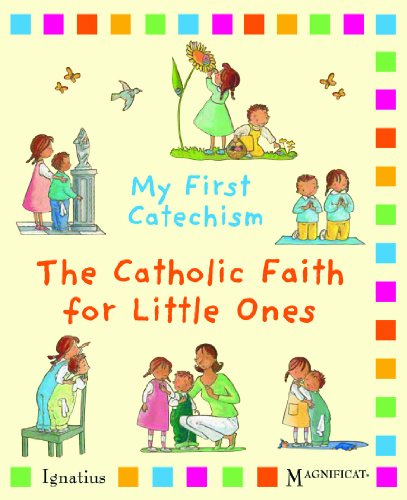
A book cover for My First Catechism: The Catholic Faith for Little Ones; Christine Pedotti; Christian Books & Bibles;